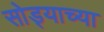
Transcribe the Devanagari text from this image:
सोड्याच्या